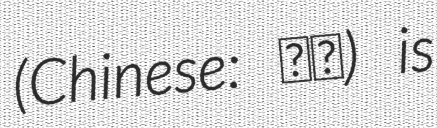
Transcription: (Chinese: 战狼) is